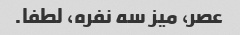
عصر، میز سه نفره، لطفا.